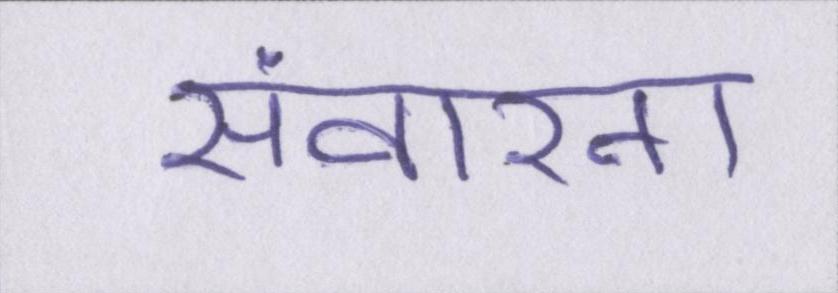
संवारना